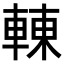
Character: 𨌿